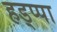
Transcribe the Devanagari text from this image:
हड्प्पा